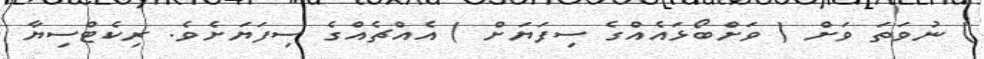
) ނުވަތަ ވަށް ( ވަށްބޯޅައެއްގެ ސިފަޔަށް ) އެއްޗެއްގެ ސިފަޔަށެވެ. ރިކެޓްސިޔާ